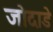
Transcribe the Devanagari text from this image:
जोदाडे